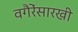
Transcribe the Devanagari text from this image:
वगैरेंसारखी